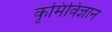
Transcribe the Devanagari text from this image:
कृमिविज्ञान